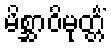
မိစ္ဆာဝိမုတ္တိံ